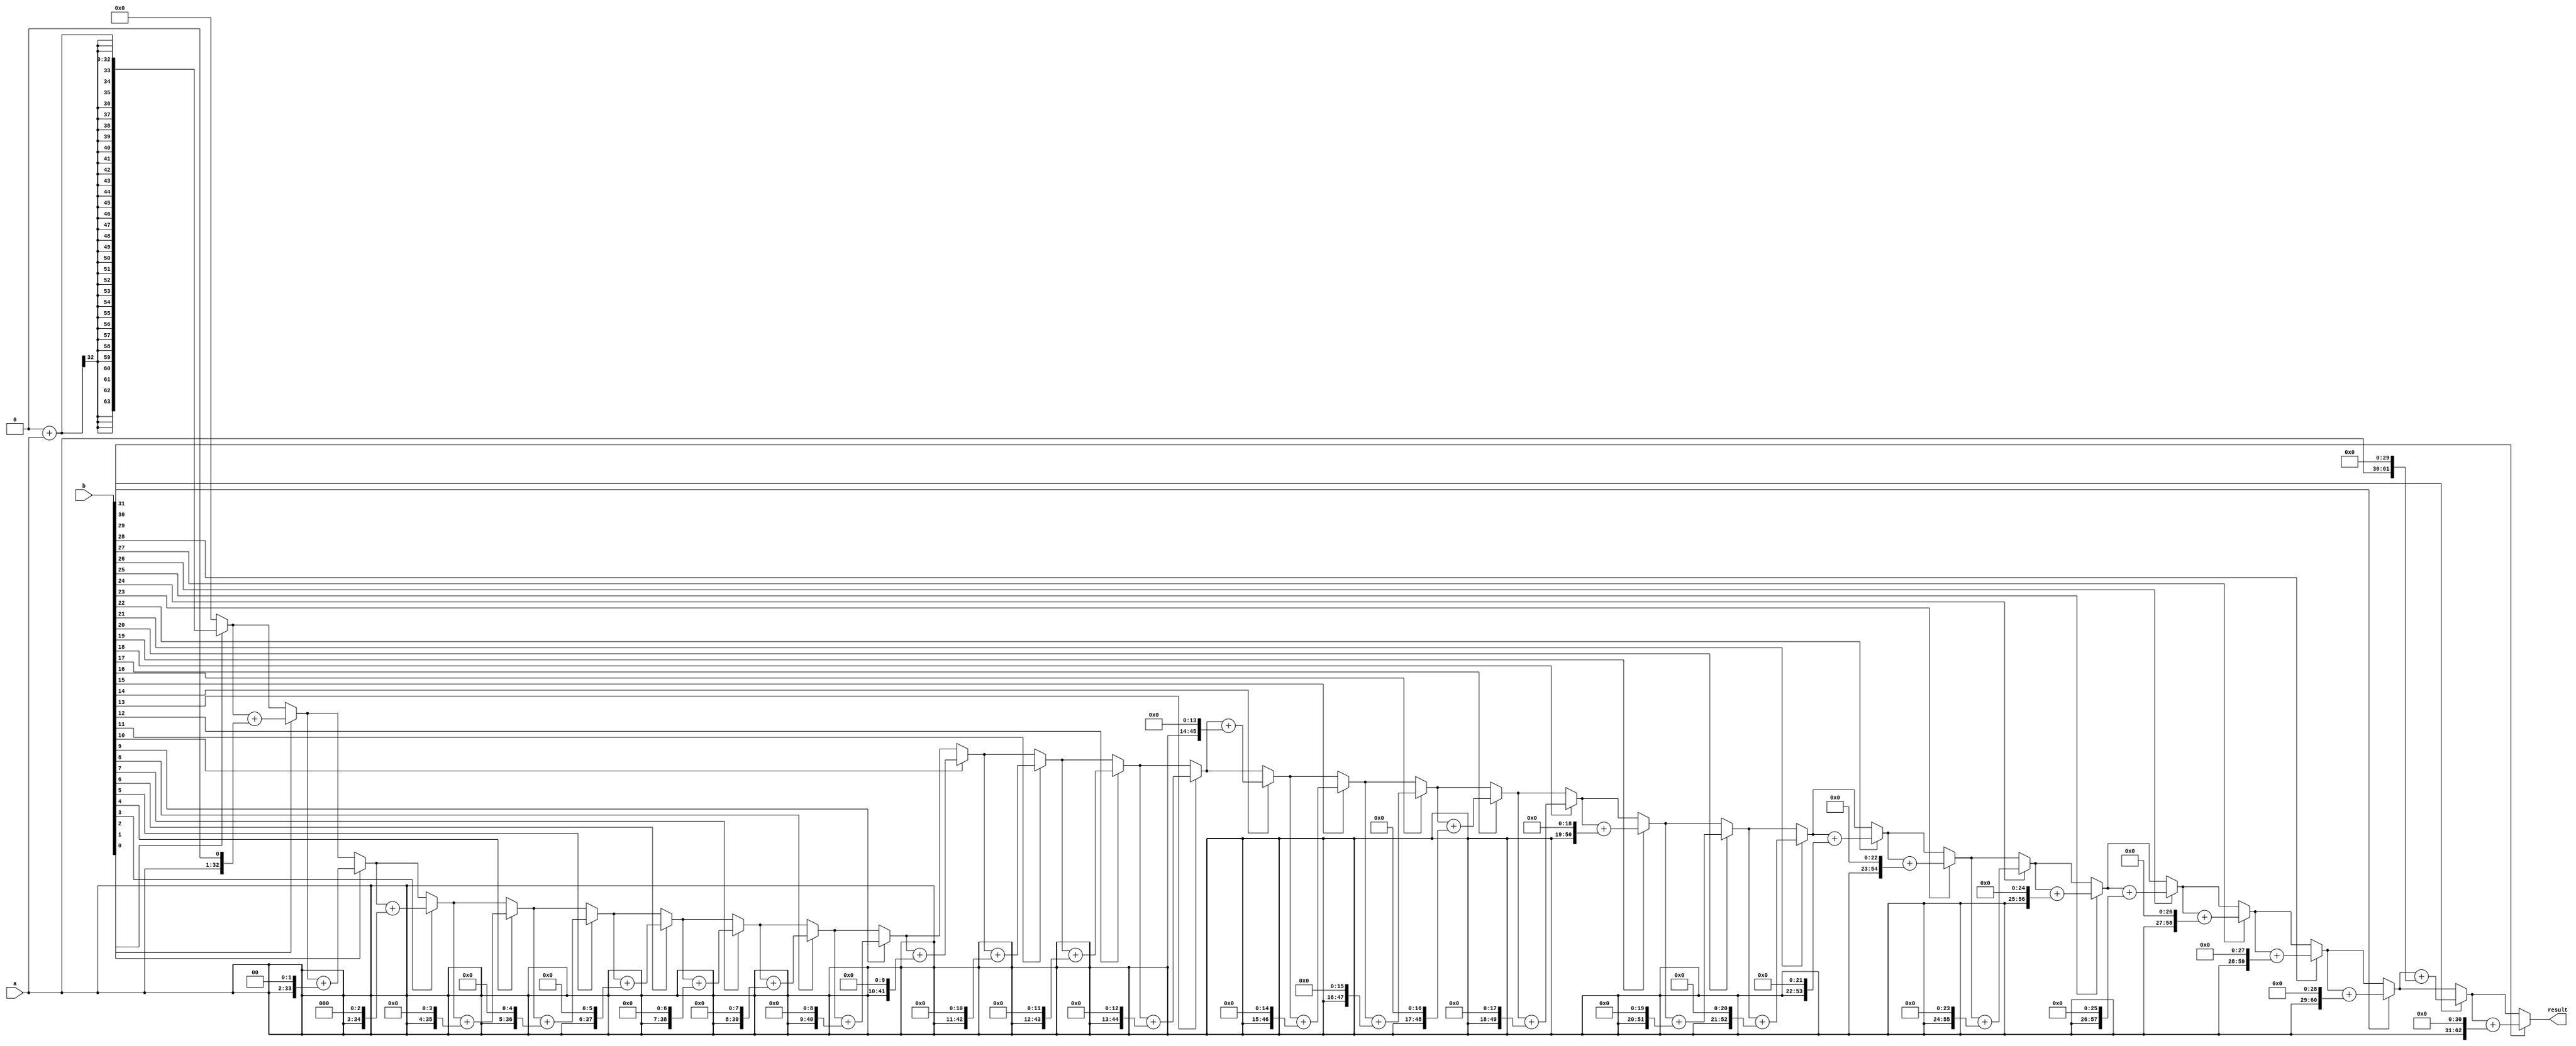
module signed_multiplier(
    input signed [31:0] a,
    input signed [31:0] b,
    output reg signed [63:0] result
);

integer i;

always @(*) begin
    result = 64'sd0;
    for(i = 0; i < 32; i = i + 1) begin
        if(b[i] == 1) begin
            result = result + (a << i);
        end
    end
end

endmodule